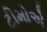
ટીમોએ